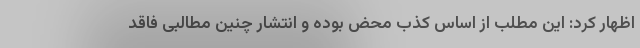
اظهار کرد: این مطلب از اساس کذب محض بوده و انتشار چنین مطالبی فاقد